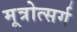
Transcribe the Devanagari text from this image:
मूत्रोत्सर्ग